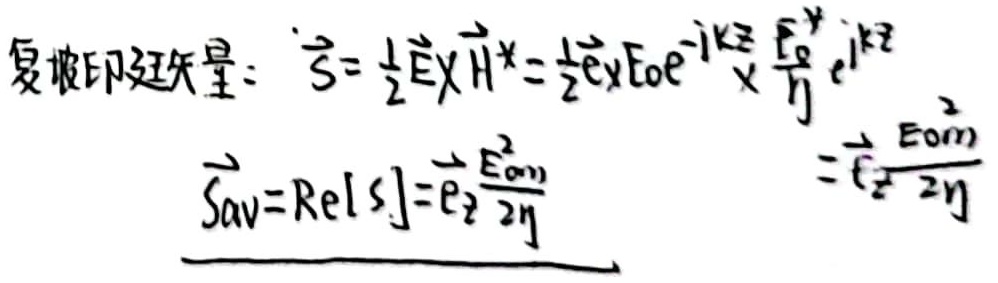
\(\vec{S} = \frac{1}{2}\vec{E}\times\vec{H}^*=\frac{1}{2}\vec{e}_x E_0 e^{- \mathrm{i} k z}\times\frac{E_0^{y}}{\eta}e^{\mathrm{i} k z}\)
\(\vec{S}_{av}=\mathrm{Re}[ \vec{S}]=\vec{e}_z\frac{E_{0x}^2}{2\eta}=\vec{e}_z\frac{E_{0m}^2}{2\eta}\)